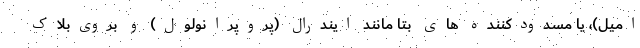
امیل)، یا مسدودکننده های بتا مانند ایندرال (پروپرانولول) و بروی‌بلاک